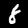
Digit: 8